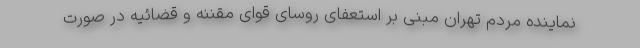
نماینده مردم تهران مبنی بر استعفای روسای قوای مقننه و قضائیه در صورت